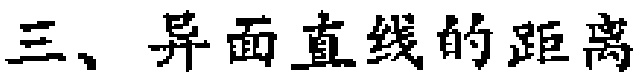
三、异面直线的距离